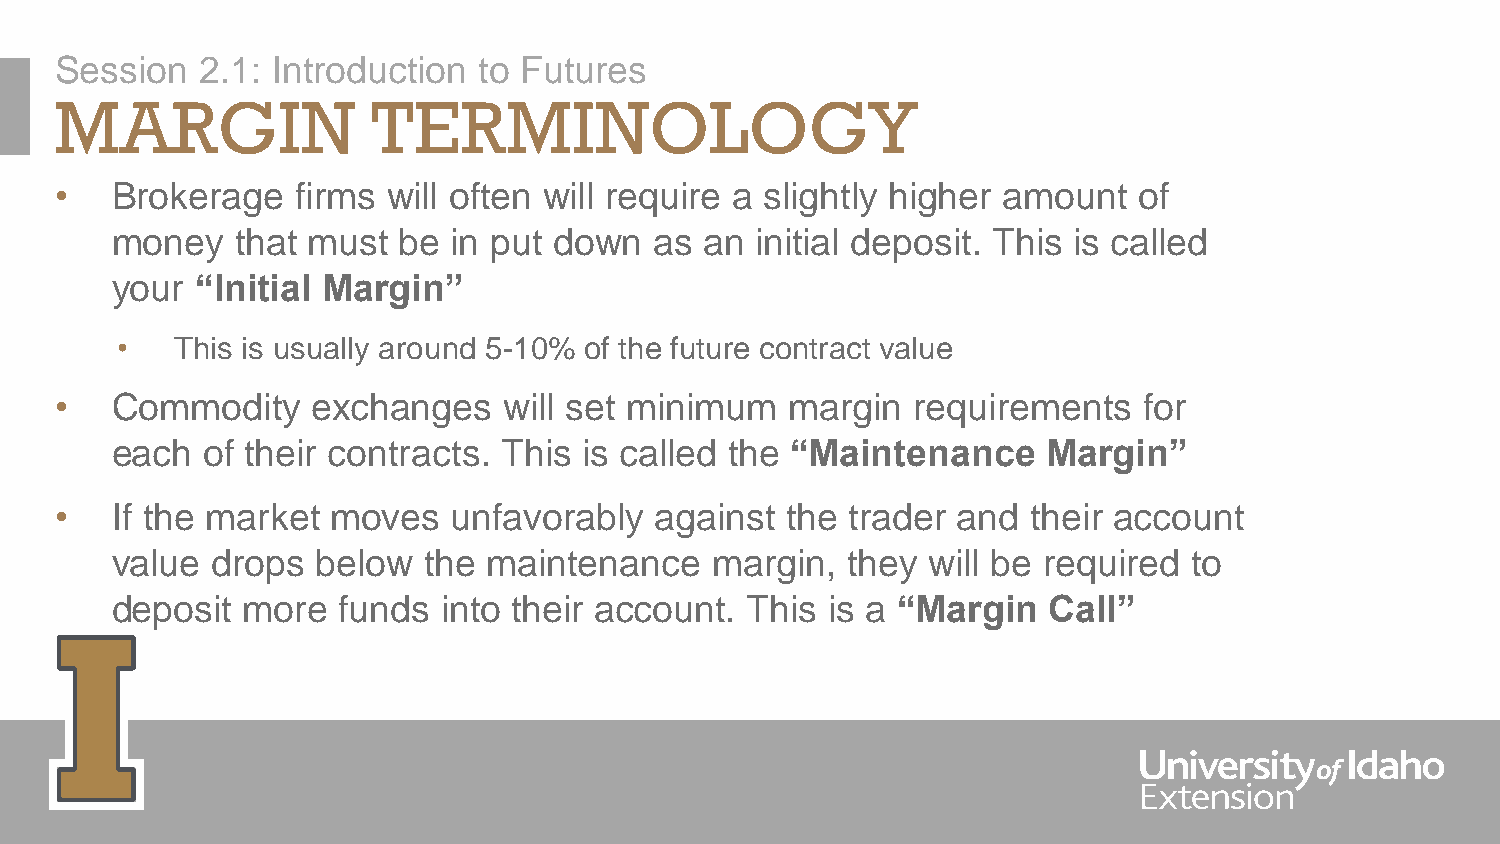
Session  2.1: Introduction  to Futures
 MARGIN               TERMINOLOGY
 •  Brokerage    firms will often will require a slightly higher amount of
 money    that must be  in put down  as  an initial deposit. This is called
 your  “Initial Margin”
 •   This is usually around 5-10% of the future contract value
 •  Commodity     exchanges   will set minimum   margin  requirements    for
 each  of their contracts. This  is called the “Maintenance    Margin”
 •  If the market  moves   unfavorably  against  the trader and  their account
 value  drops  below  the maintenance    margin,  they will be required  to
 deposit  more  funds  into their account. This  is a “Margin  Call”